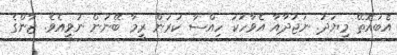
އެބައޮތޭ މިޔަދު. ނަޖުދާއާ އެވާހަކަ ހިއްސާ ކުރަން ރީމާ ބޭނުން ނުވީއެވެ. ޒާންގެ